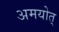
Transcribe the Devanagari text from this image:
अमयोत्